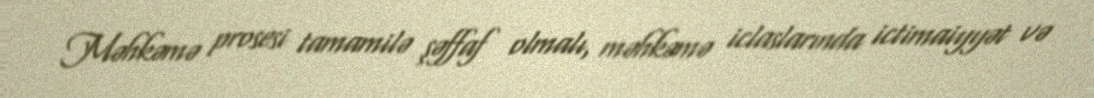
Məhkəmə prosesi tamamilə şəffaf olmalı, məhkəmə iclaslarında ictimaiyyət və